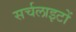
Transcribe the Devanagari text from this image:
सर्चलाइटों